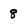
Character: 8